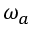
\omega _ { a }